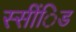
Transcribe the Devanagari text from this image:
स्सींिड